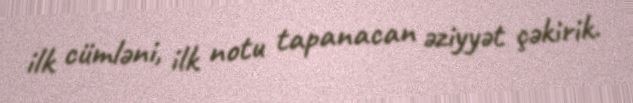
ilk cümləni, ilk notu tapanacan əziyyət çəkirik.